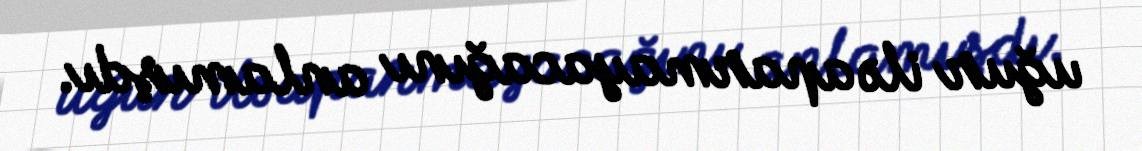
uğur ilə aparmayacağını anlamışdı.